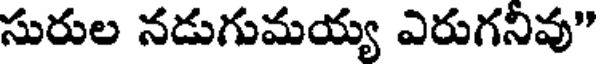
సురుల నడుగుమయ్య ఎరుగనివు"